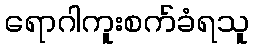
ရောဂါကူးစက်ခံရသူ